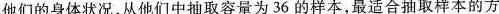
他们的身体状况，从他们中抽取容量为36的样本，最适合抽取样本的方